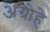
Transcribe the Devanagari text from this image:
अग्रोहे